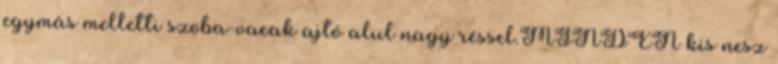
egymás melletti szoba-vacak ajtó alul nagy réssel.MINDEN kis nesz